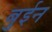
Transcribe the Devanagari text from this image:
बुईन